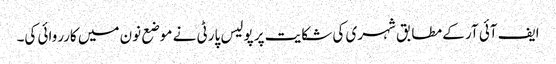
ایف آئی آر کے مطابق شہری کی شکایت پر پولیس پارٹی نے موضع نون میں کارروائی کی۔